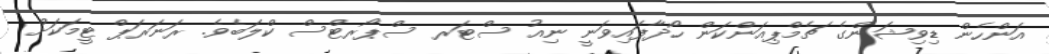
އަންހެން ޑިވިޝަންގެ ޗެމްޕިއަންކަން ހޯދާފައިވަނީ ނިއު ސްޓަރ ސްޕޯރޓްސް ކްލަބެވެ. ރަނަރަޕް ޓީމަކަށް